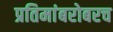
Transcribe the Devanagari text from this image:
प्रतिमांबरोबरच